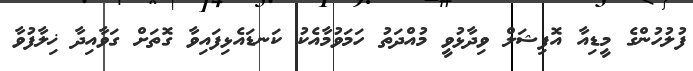
ފުލުހުންގެ މީޑިއާ އޮފިޝަލް ވިދާޅުވީ މުއްދަތު ހަމަވުމާއެކު ކަނޑައެޅިފައިވާ ގޮތަށް ގަވާއިދާ ޚިލާފުވާ